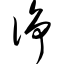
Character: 诤